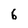
Character: 6